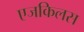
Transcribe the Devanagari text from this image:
एजकिलस